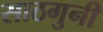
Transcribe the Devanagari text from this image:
साठगुनी